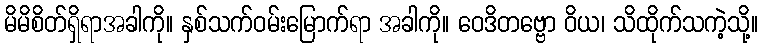
မိမိစိတ်ရှိရာအခါကို။ နှစ်သက်ဝမ်းမြောက်ရာ အခါကို။ ဝေဒိတဗ္ဗော ဝိယ၊ သိထိုက်သကဲ့သို့။